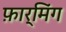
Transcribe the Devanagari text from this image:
फ़ार्मिंग